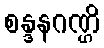
စန္ဒနဂဏ္ဌိ